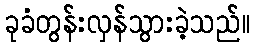
ခုခံတွန်းလှန်သွားခဲ့သည်။